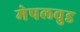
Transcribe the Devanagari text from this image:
मेपलवुड